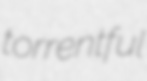
torrentful